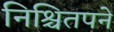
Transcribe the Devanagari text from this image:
निश्चितपने